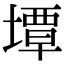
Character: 墰